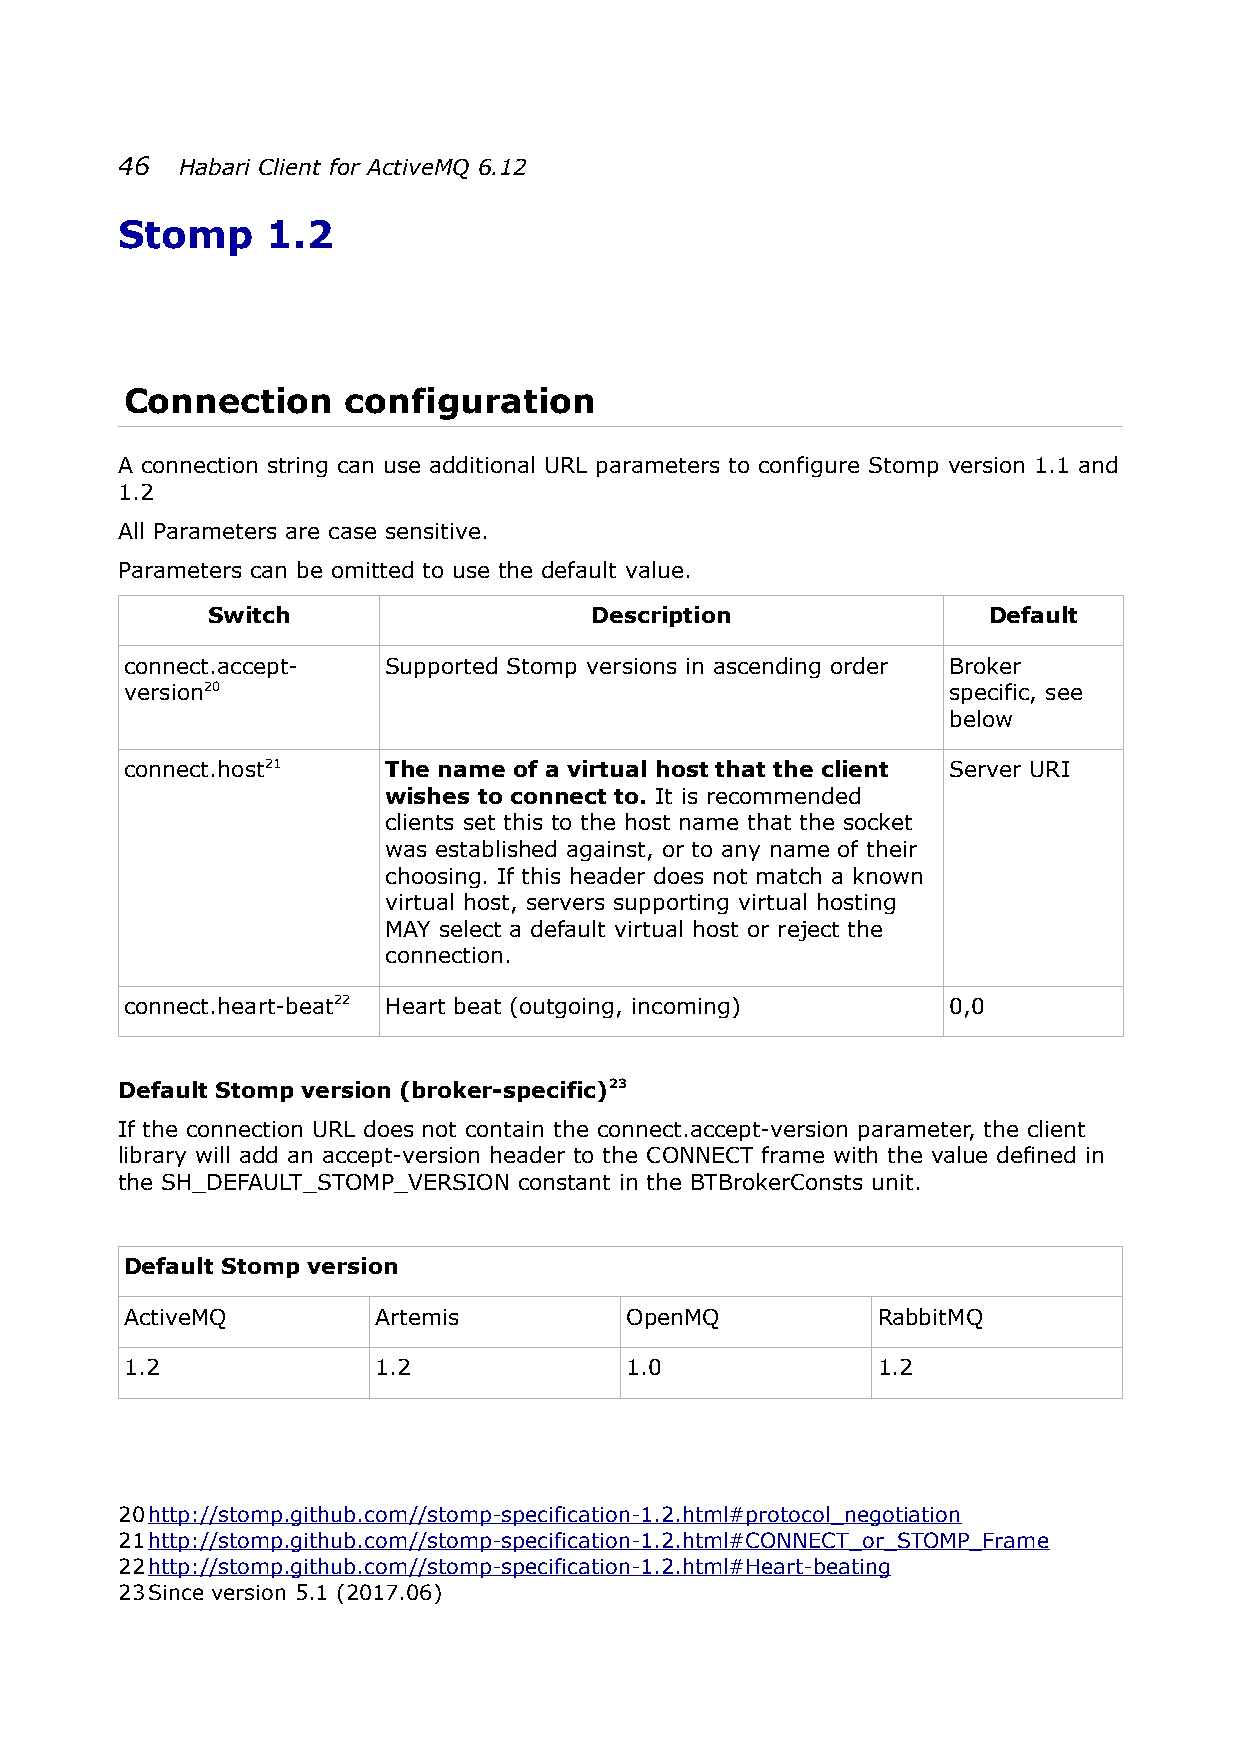
46  Habari Client for ActiveMQ 6.12
 Stomp     1.2
 Connection     configuration
 A connection string can use additional URL parameters to configure Stomp version 1.1 and
 1.2
 All Parameters are case sensitive.
 Parameters can be omitted to use the default value.
 Switch                   Description               Default
 connect.accept-   Supported Stomp versions in ascending order Broker
 version20                                              specific, see
 below
 connect.host21    The name of a virtual host that the client Server URI
 wishes to connect to. It is recommended
 clients set this to the host name that the socket
 was established against, or to any name of their
 choosing. If this header does not match a known
 virtual host, servers supporting virtual hosting
 MAY select a default virtual host or reject the
 connection.
 connect.heart-beat22 Heart beat (outgoing, incoming)   0,0
 Default Stomp version (broker-specific)23
 If the connection URL does not contain the connect.accept-version parameter, the client
 library will add an accept-version header to the CONNECT frame with the value defined in
 the SH_DEFAULT_STOMP_VERSION constant in the BTBrokerConsts unit.
 Default Stomp version
 ActiveMQ         Artemis         OpenMQ           RabbitMQ
 1.2              1.2             1.0              1.2
 20 http://stomp.github.com//stomp-specification-1.2.html#protocol_negotiation
 21 http://stomp.github.com//stomp-specification-1.2.html#CONNECT_or_STOMP_Frame
 22 http://stomp.github.com//stomp-specification-1.2.html#Heart-beating
 23Since version 5.1 (2017.06)